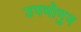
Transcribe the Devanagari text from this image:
उपभोगुन